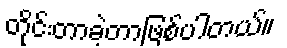
တိုင်းတာခဲ့တာဖြစ်ပါတယ်။